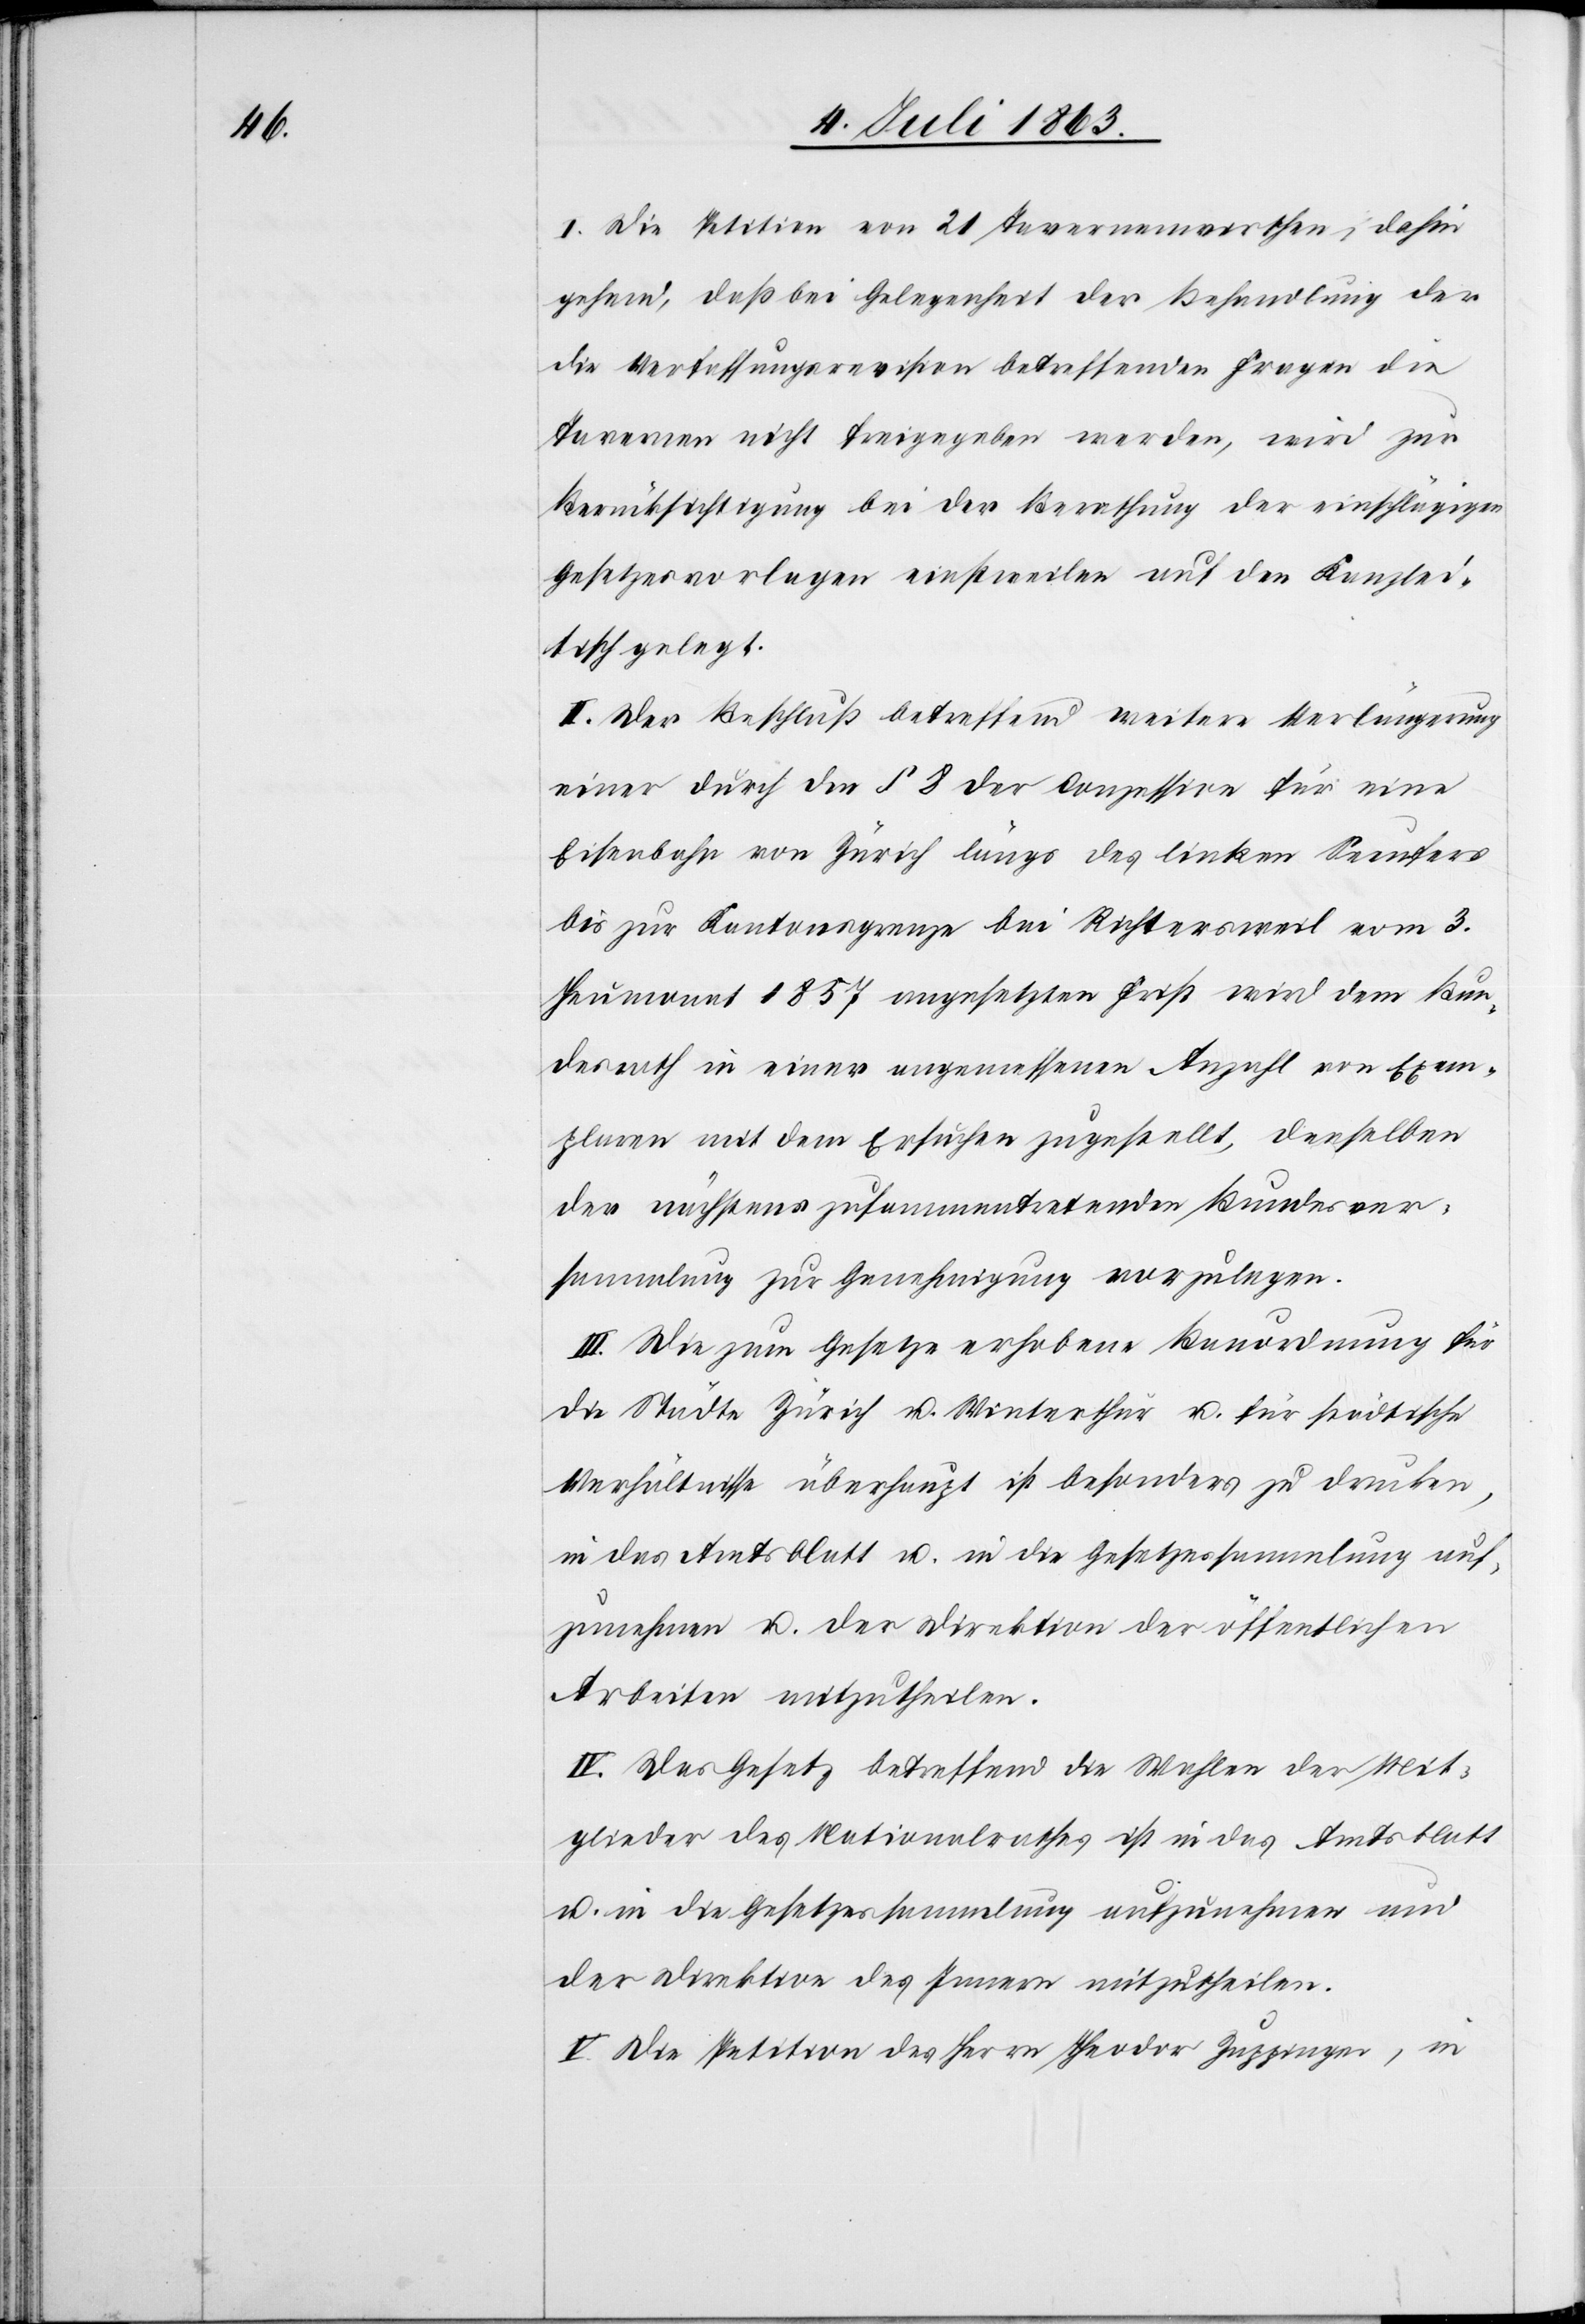
I. Die Petition von 21 Tavernenwirthen, dahin
gehend, daß bei Gelegenheit der Behandlung der
die Verfassungsrevision betreffenden Fragen die
Tavernen nicht freigegeben werden, wird zur
Berücksichtigung bei der Berathung der einschlägigen
Gesetzesvorlagen einstweilen auf den Kanzlei¬
tisch gelegt.
II. Der Beschluß betreffend weitere Verlängerung
einer durch den § 8 der Conzession für eine
Eisenbahn von Zürich längs des linken Seeufers
bis zur Kantonsgrenze bei Richtersweil vom 3.
Heumonat 1857 angesetzten Frist wird dem Bun¬
desrath in einer angemessenen Anzahl von Exem¬
plaren mit dem Ersuchen zugestellt, denselben
der nächstens zusammentretenden Bundesver¬
sammlung zur Genehmigung vorzulegen.
III. Die zum Gesetze erhobene Bauordnung für
die Städte Zürich u. Winterthur u. für städtische
Verhältnisse überhaupt ist besonders zu drucken,
in das Amtsblatt u. in die Gesetzessammlung auf¬
zunehmen u. der Direktion der öffentlichen
Arbeiten mitzutheilen.
IV. Das Gesetz betreffend die Wahlen der Mit¬
glieder des Nationalrathes ist in das Amtsblatt
u. in die Gesetzessammlung aufzunehmen und
der Direktion des Innern mitzutheilen.
V. Die Petition des Herrn Theodor Zuppinger, in